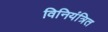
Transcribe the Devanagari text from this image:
विनियंत्रित